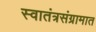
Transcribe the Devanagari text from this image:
स्वातंत्रसंग्रामात